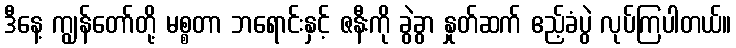
ဒီနေ့ ကျွန်တော်တို့ မစ္စတာ ဘရောင်းနှင့် ဇနီးကို ခွဲခွာ နှုတ်ဆက် ဧည့်ခံပွဲ လုပ်ကြပါတယ်။